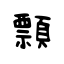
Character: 顠